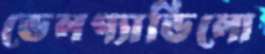
ডেলগ্যাডিলো